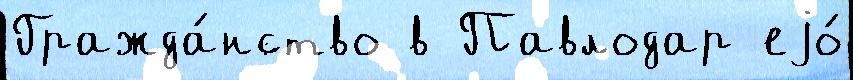
Гражда́нство в Павлодар еjо́